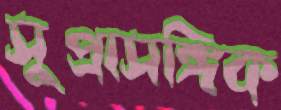
সুপ্রাসঙ্গিক